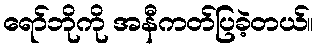
ရော်ဘိုကို အနီကတ်ပြခဲ့တယ်။